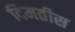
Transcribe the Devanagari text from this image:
दिमतीस